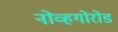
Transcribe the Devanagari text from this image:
नोव्हगोरोड